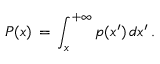
P ( x ) \, = \, \int _ { x } ^ { + \infty } p ( x ^ { \prime } ) \, d x ^ { \prime } \, .